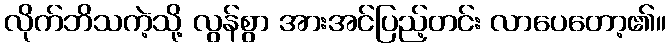
လိုက်ဘိသကဲ့သို့ လွန်စွာ အားအင်ပြည့်တင်း လာပေတော့၏။